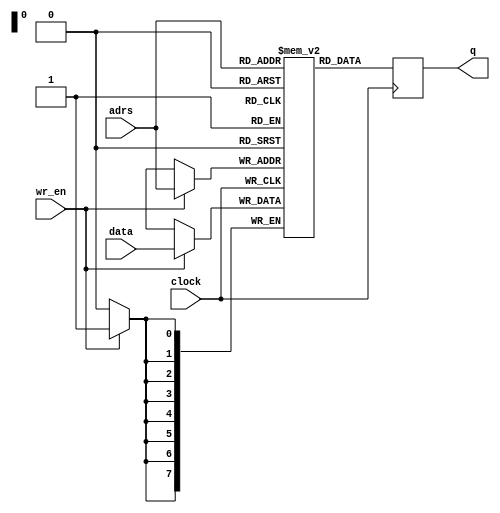
`default_nettype none

module memory(
  input	wire [7:0] adrs,
  input	wire [7:0] data,
  output reg [7:0] q,

  input wire clock,
  input wire wr_en
  );

  reg [7:0] ram[255:0];


  always @(posedge clock) begin
    if (wr_en) begin
      ram[adrs] <= data;
    end
    q <= ram[adrs];
  end
endmodule